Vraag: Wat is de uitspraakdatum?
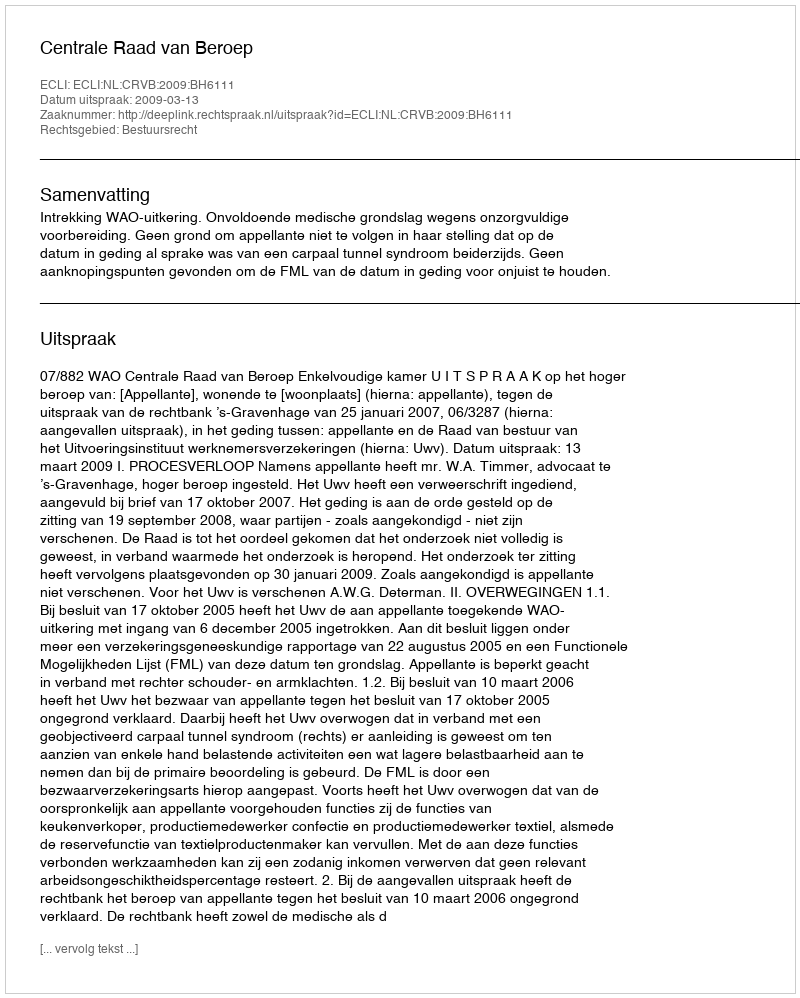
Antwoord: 2009-03-13